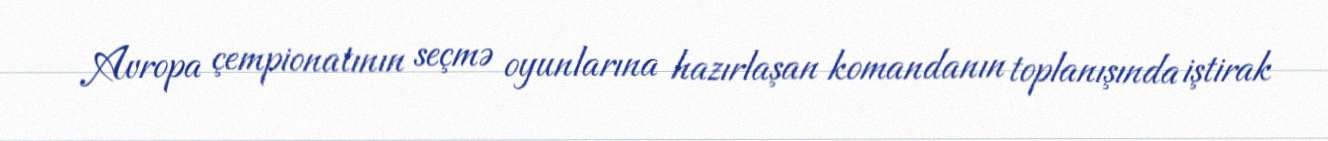
Avropa çempionatının seçmə oyunlarına hazırlaşan komandanın toplanışında iştirak